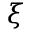
\xi